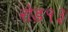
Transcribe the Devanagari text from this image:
रोड१३